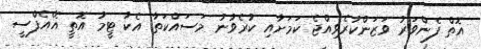
އޮތް ފެންވަރު ވަޒަންކުރެވިއްޖެ ކަމަށާއި ކުރެވުނު މަސައްކަތާ އެކު ޓީމު އޮތީ އޭއެފްސީ